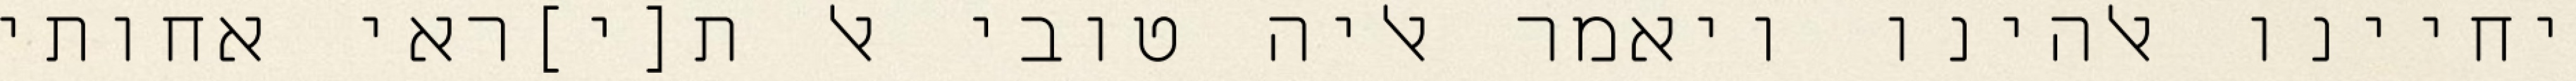
יחיינו אלהינו ויאמר אליה טובי אל ת[י]ראי אחותי